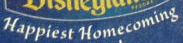
Happiest Homecoming